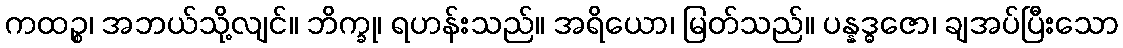
ကထဉ္စ၊ အဘယ်သို့လျင်။ ဘိက္ခု၊ ရဟန်းသည်။ အရိယော၊ မြတ်သည်။ ပန္နဒ္ဓဇော၊ ချအပ်ပြီးသော